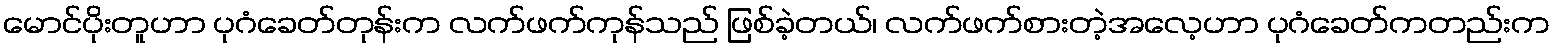
မောင်ပိုးတူဟာ ပုဂံခေတ်တုန်းက လက်ဖက်ကုန်သည် ဖြစ်ခဲ့တယ်၊ လက်ဖက်စားတဲ့အလေ့ဟာ ပုဂံခေတ်ကတည်းက